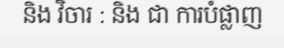
និង វិចារ : និង ជា ការបំផ្លាញ